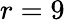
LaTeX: r=9